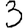
Digit: 3